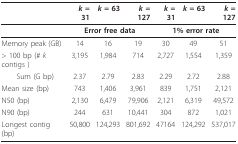
|  | k = 31 | k = 63 | k = 127 | k = 31 | k = 63 | k = 127 |
 | --- | --- | --- | --- | --- | --- | --- |
 |  | <COLSPAN=3> Error free data | <COLSPAN=3> 1% error rate |
 | Memory peak (GB) | 14 | 16 | 19 | 30 | 49 | 51 |
 | > 100 bp (# k contigs ) | 3,195 | 1,984 | 714 | 2,727 | 1,554 | 1,359 |
 | Sum (G bp) | 2.37 | 2.79 | 2.83 | 2.29 | 2.72 | 2.88 |
 | Mean size (bp) | 743 | 1,406 | 3,961 | 839 | 1,751 | 2,121 |
 | N50 (bp) | 2,130 | 6,479 | 79,906 | 2,121 | 6,319 | 49,572 |
 | N90 (bp) | 244 | 631 | 10,441 | 304 | 872 | 1,021 |
 | Longest contig (bp) | 50,800 | 124,293 | 801,692 | 47164 | 124,292 | 537,017 |